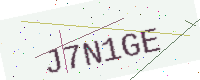
Text: J7N1GE